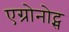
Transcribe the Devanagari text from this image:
एग्रोनोट्स